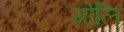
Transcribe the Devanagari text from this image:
गोलि